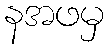
နအဖမှ